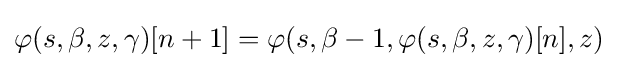
\varphi (s,\beta ,z,\gamma )[n+1]=\varphi (s,\beta -1,\varphi (s,\beta ,z,\gamma )[n],z)